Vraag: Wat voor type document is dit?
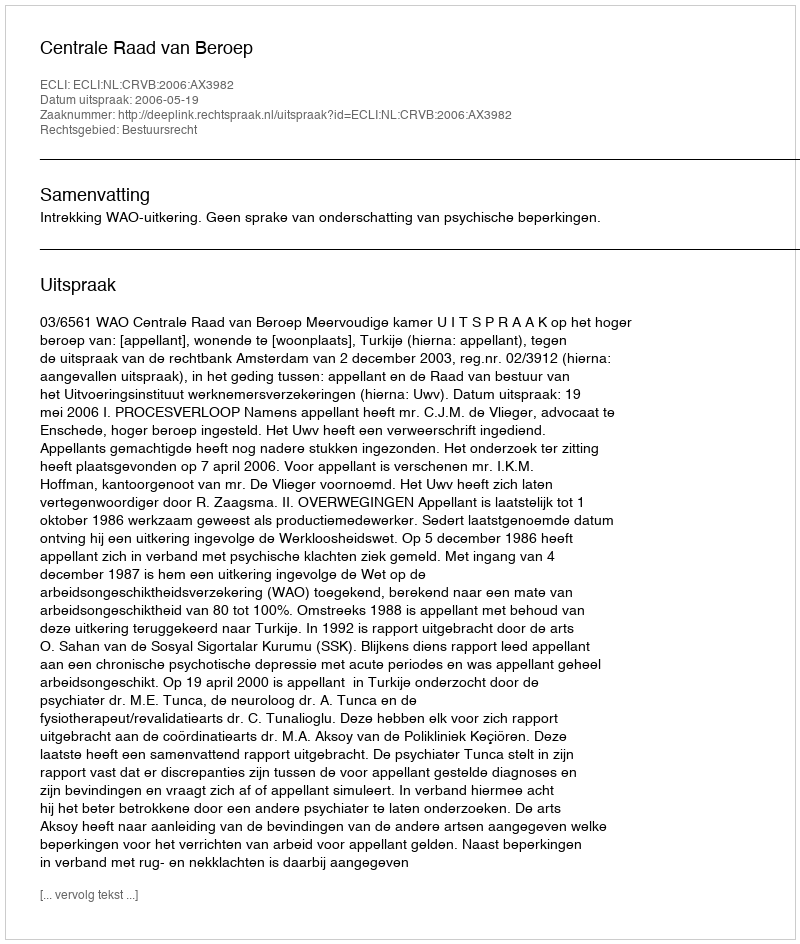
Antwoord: Uitspraak